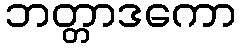
ဘတ္တာဒကော